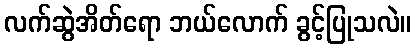
လက်ဆွဲအိတ်ရော ဘယ်လောက် ခွင့်ပြုသလဲ။